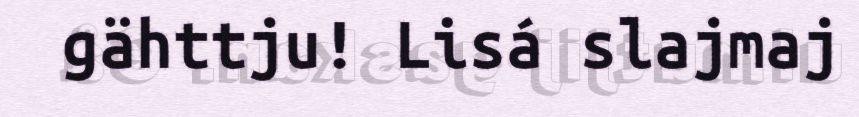
gähttju! Lisá slajmaj